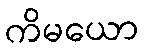
ကိမယော